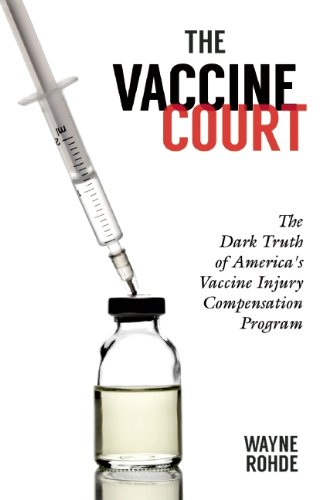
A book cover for The Vaccine Court: The Dark Truth of America's Vaccine Injury Compensation Program; Wayne Rohde; Law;